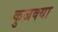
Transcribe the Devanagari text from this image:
कुजक्या